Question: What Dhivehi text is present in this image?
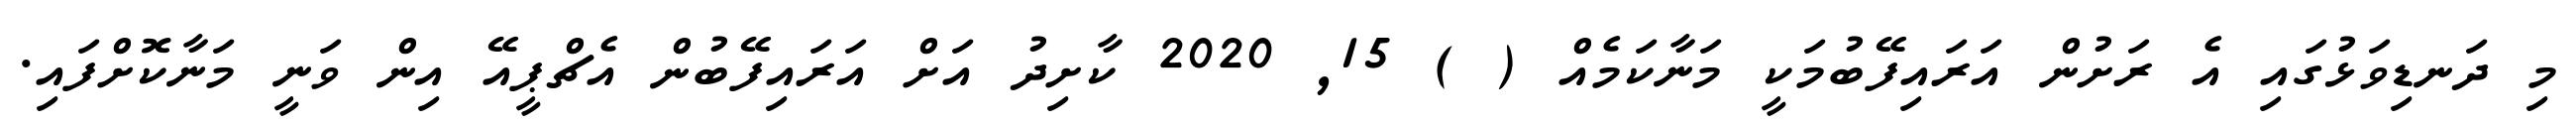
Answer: މި ދަނޑިވަޅުގައި އެ ރަށުން އަރައިފޭބުމަކީ މަނާކަމެއް ( ) 15, 2020 ކާށިދު އަށް އަރައިފޭބުން އެޗްޕީއޭ އިން ވަނީ މަނާކޮށްފައި.